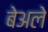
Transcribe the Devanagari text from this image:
बेअले